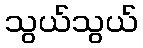
သွယ်သွယ်